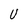
Character: U